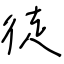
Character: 徒